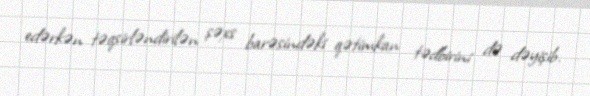
edərkən təqsirləndirilən şəxs barəsindəki qətimkan tədbirini də dəyişib.